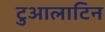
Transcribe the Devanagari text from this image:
टुआलाटिन